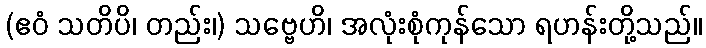
(ဧဝံ သတိပိ၊ တည်း၊) သဗ္ဗေဟိ၊ အလုံးစုံကုန်သော ရဟန်းတို့သည်။